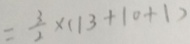
= \frac { 3 } { 2 } \times ( 1 3 + 1 0 + 1 )